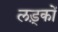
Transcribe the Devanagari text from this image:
लड़्कों